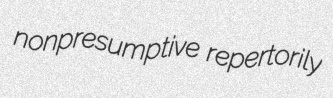
nonpresumptive repertorily